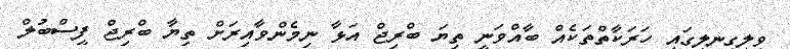
ވިލިގިނލީގައި ހަރަކާތްތަކެއް ބާއްވަނީ ތިޔަ ބްރިޖް އަޅާ ނިމެންވާއިރަށް ތިޔާ ބްރިޖް ފީސްބުލް